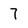
Character: 7